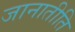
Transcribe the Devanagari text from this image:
जानातीति